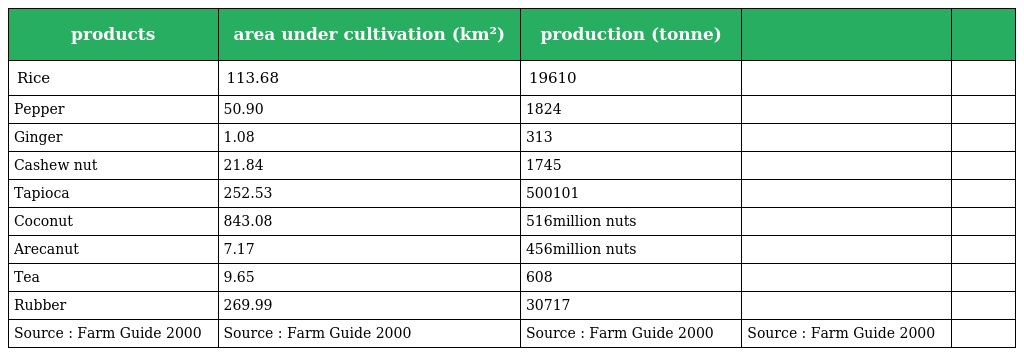
| products | area under cultivation (km²) | production (tonne) |  |  |
 | --- | --- | --- | --- | --- |
 | Rice | 113.68 | 19610 |  |  |
 | Pepper | 50.90 | 1824 |  |  |
 | Ginger | 1.08 | 313 |  |  |
 | Cashew nut | 21.84 | 1745 |  |  |
 | Tapioca | 252.53 | 500101 |  |  |
 | Coconut | 843.08 | 516million nuts |  |  |
 | Arecanut | 7.17 | 456million nuts |  |  |
 | Tea | 9.65 | 608 |  |  |
 | Rubber | 269.99 | 30717 |  |  |
 | Source : Farm Guide 2000 | Source : Farm Guide 2000 | Source : Farm Guide 2000 | Source : Farm Guide 2000 |  |